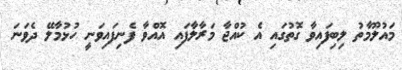
މައުލޫމާތު ލިބިފައިވާ ގޮތުގައި އެ ކުއްޖާ މަރާލާފައި އޮއްވާ ފެނިފައިވަނީ ހުޅުމާލޭ ދެވަނަ